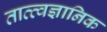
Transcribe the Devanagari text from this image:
तात्त्वज्ञानिक